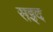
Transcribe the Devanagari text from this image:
सइद